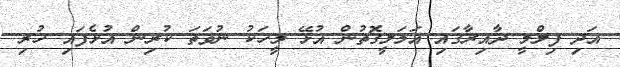
އަދި ފިލްމީ ދާއިރާގައި އަމަލީގޮތުން އުޅޭ މީހަކު ނުވަތަ ކުރިން އުޅެފައި ހުރި